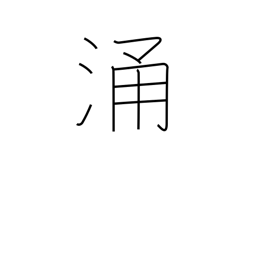
Meaning: seethe